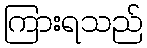
ကြားရသည်